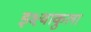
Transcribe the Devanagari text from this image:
इक्ष्वाकुला